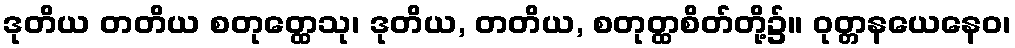
ဒုတိယ တတိယ စတုတ္ထေသု၊ ဒုတိယ, တတိယ, စတုတ္ထစိတ်တို့၌။ ဝုတ္တနယေနေဝ၊